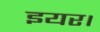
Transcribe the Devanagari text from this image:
इयर।